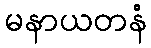
မနာယတနံ